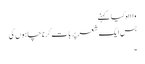
واااہ کیا کہنے
بس ایک شعر پر بات کرنا چاہوں گی
۔